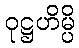
ဝုဋ္ဌဟိမ္ပိ